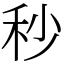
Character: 秒